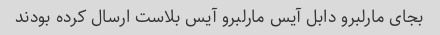
بجای مارلبرو دابل آیس مارلبرو آیس بلاست ارسال کرده بودند